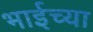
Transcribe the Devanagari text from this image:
भाईच्या